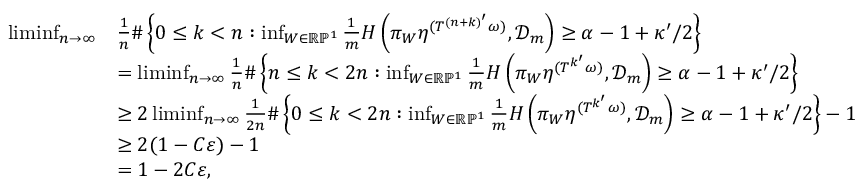
\begin{array} { r l } { \operatorname* { l i m i n f } _ { n \to \infty } } & { \frac { 1 } { n } \# \left\{ 0 \leq k < n : \operatorname* { i n f } _ { W \in \mathbb R \mathbb P ^ { 1 } } \frac { 1 } { m } H \left( \pi _ { W } \eta ^ { ( T ^ { ( n + k ) ^ { \prime } } \omega ) } , { \mathcal D } _ { m } \right) \geq \alpha - 1 + \kappa ^ { \prime } / 2 \right\} } \\ & { = \operatorname* { l i m i n f } _ { n \to \infty } \frac { 1 } { n } \# \left\{ n \leq k < 2 n : \operatorname* { i n f } _ { W \in \mathbb R \mathbb P ^ { 1 } } \frac { 1 } { m } H \left( \pi _ { W } \eta ^ { ( T ^ { k ^ { \prime } } \omega ) } , { \mathcal D } _ { m } \right) \geq \alpha - 1 + \kappa ^ { \prime } / 2 \right\} } \\ & { \geq 2 \operatorname* { l i m i n f } _ { n \to \infty } \frac { 1 } { 2 n } \# \left\{ 0 \leq k < 2 n : \operatorname* { i n f } _ { W \in \mathbb R \mathbb P ^ { 1 } } \frac { 1 } { m } H \left( \pi _ { W } \eta ^ { ( T ^ { k ^ { \prime } } \omega ) } , { \mathcal D } _ { m } \right) \geq \alpha - 1 + \kappa ^ { \prime } / 2 \right\} - 1 } \\ & { \geq 2 ( 1 - C \varepsilon ) - 1 } \\ & { = 1 - 2 C \varepsilon , } \end{array}